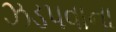
ઝડપવાના